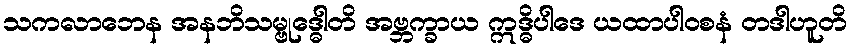
သကလာဘေန အနဘိသမ္ဗုဒ္ဓေါတိ အဗ္ဘက္ခာယ ဣဒ္ဓိပါဒေ ယထာပါဝစနံ တဒါဟူတိ